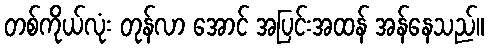
တစ်ကိုယ်လုံး တုန်လာ အောင် အပြင်းအထန် အန်နေသည်။